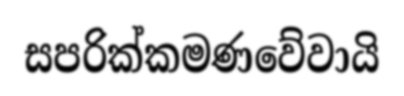
සපරික්කමණවේවායි